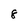
Character: 8